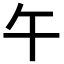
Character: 午